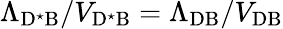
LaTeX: \Lambda_{\mathrm{D^{\star}B}}/V_{\mathrm{D^{\star}B}}=\Lambda_{\mathrm{DB}}/V_{\mathrm{DB}}